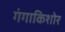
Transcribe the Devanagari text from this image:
गंगाकिशोर